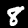
Label: 8